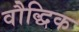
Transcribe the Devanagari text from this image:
वौद्धिक